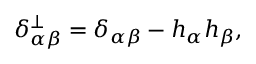
\delta _ { \alpha \beta } ^ { \perp } = \delta _ { \alpha \beta } - h _ { \alpha } h _ { \beta } ,